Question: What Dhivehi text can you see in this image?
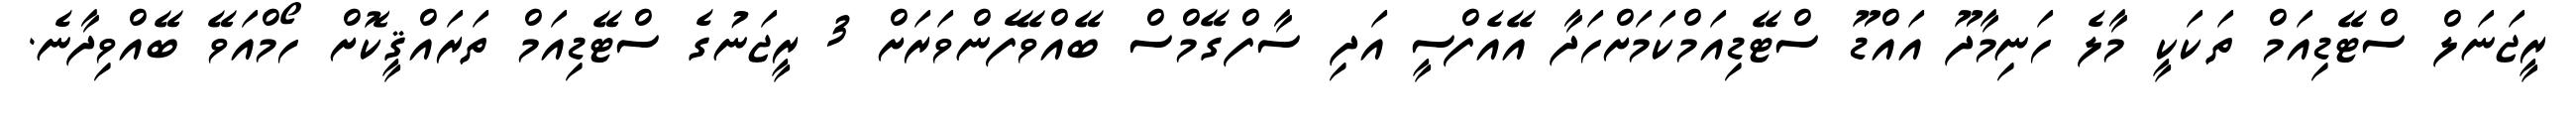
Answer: ރީޖަނަލް ސްޓޭޑިއަމް ތަކަކީ މާލެ ހަނިމާދޫ އައްޑޫ ސްޓޭޑިއަމްކަމަށްހަދާ އޭއެފްސީ އަދި ސާފްގޭމްސް ބޭއްވޭފެންވަރަށް 3 ރީޖަނުގެ ސްޓޭޑިއަމް ތަރައްޤީކޮށް ހޯމްއަވޭ ބޭއްވިދާނެ.